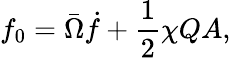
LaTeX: f_{0}=\bar{\Omega}\dot{f}+\frac{1}{2}\chi QA,